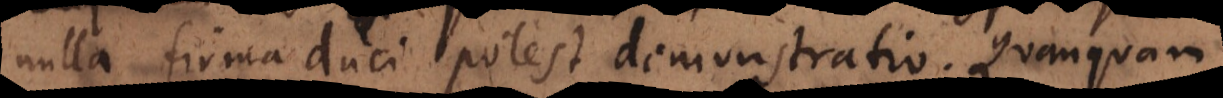
nulla firma duci potest demonstratio. Quanquam